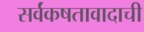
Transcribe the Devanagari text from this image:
सर्वंकषतावादाची